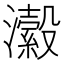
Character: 瀫